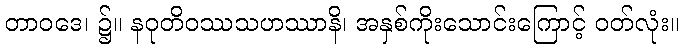
တာဝဒေ၊ ၌။ နဝုတိဝဿသဟဿာနိ၊ အနှစ်ကိုးသောင်းကြောင့် ဝတ်လုံး။